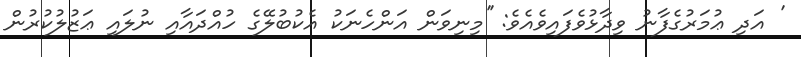
' އަދި ޢުމަރުގެފާނު ވިދާޅުވެފައިވެއެވެ: ''މިނިވަން އަންހެނަކު އެކުބުލޭގެ ހުއްދައާއި ނުލައި ޢަޒުލުކުރުން